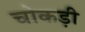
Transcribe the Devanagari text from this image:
चोकड़ी